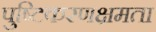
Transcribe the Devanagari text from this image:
पुष्टिकरणक्षमता